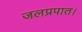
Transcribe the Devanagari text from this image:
जलप्रपात।